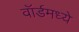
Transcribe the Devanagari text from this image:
वॉर्डमध्ये